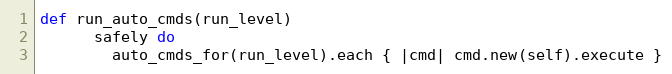
Language: Ruby
def run_auto_cmds(run_level)
      safely do
        auto_cmds_for(run_level).each { |cmd| cmd.new(self).execute }